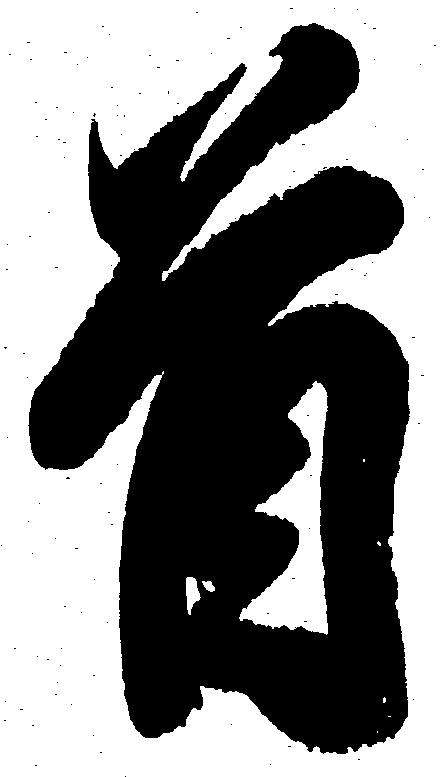
首